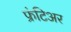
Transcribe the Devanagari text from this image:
फ्रंटिअर